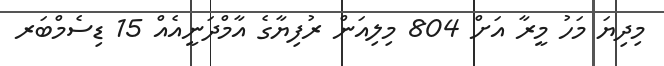
މިދިޔަ މަހު މީރާ އަށް 804 މިލިއަން ރުފިޔާގެ އާމްދަނީއެއް 15 ޑިސެމްބަރ